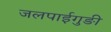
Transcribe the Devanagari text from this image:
जलपाईगुङी